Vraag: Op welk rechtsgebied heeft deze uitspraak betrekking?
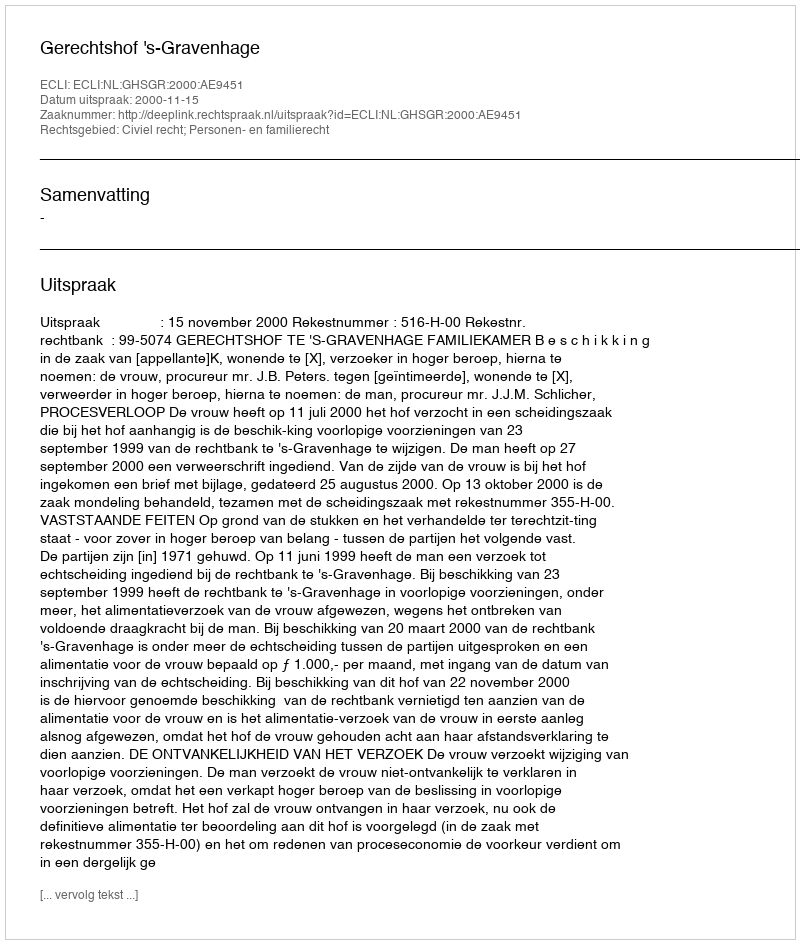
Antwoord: Civiel recht; Personen- en familierecht